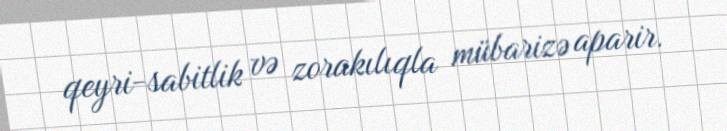
qeyri-sabitlik və zorakılıqla mübarizə aparir.